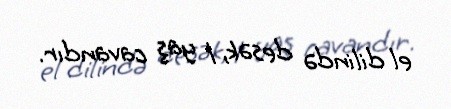
el dilində desək, 1 yaş cavandır.